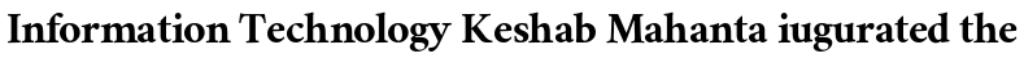
Information Technology Keshab Mahanta iugurated the